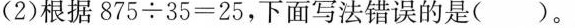
(2) 根据 $$8 7 5 \div 3 5 = 2 5$$，下面写法错误的是 ( )。